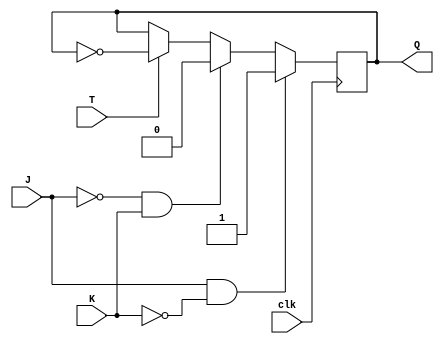
module T_FF_with_JK (
    input wire T, 
    input wire J, 
    input wire K, 
    input wire clk, 
    output reg Q
);
 
always @(posedge clk) begin
    if (J && !K) begin
        Q <= 1'b1;
    end else if (!J && K) begin
        Q <= 1'b0;
    end else if (T) begin
        Q <= ~Q;
    end
end

endmodule